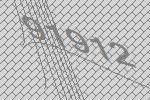
91912